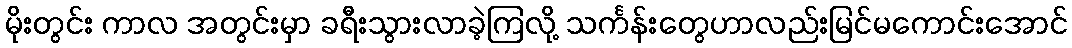
မိုးတွင်း ကာလ အတွင်းမှာ ခရီးသွားလာခဲ့ကြလို့ သင်္ကန်းတွေဟာလည်းမြင်မကောင်းအောင်